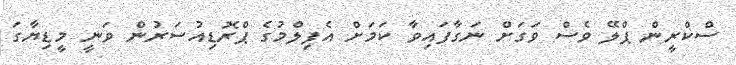
ސްކްރީން ޕްލޭ ވެސް ވަގަށް ނަގާފައިވާ ކަމަށް އެފިލްމުގެ ޕްރޮޑިއުސަރުން ވަނީ މީޑިޔާގަ